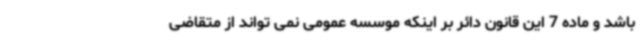
باشد و ماده 7 این قانون دائر بر اینکه موسسه عمومی نمی تواند از متقاضی